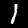
Label: 1